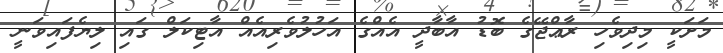
މަށަކީ މިދިވެހި ރާޢްޖޭގެ ބޮޑު އާބާދީ އެއްގެ އަހުލުވެރިއެއް އާޓިކަލް ގައި ލިޔެފައިވަނީ